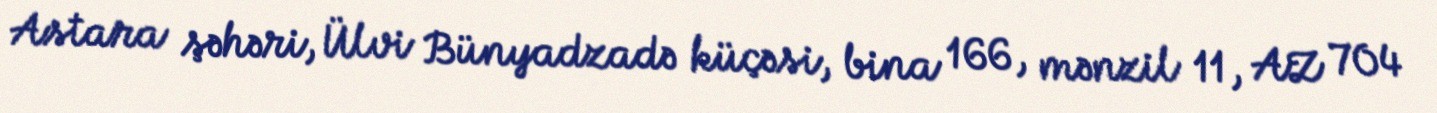
Astara şəhəri, Ülvi Bünyadzadə küçəsi, bina 166, mənzil 11, AZ 704